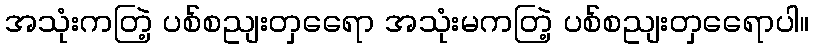
အသုံးကတြဲ့ ပစ်စညျးတှရေော အသုံးမကတြဲ့ ပစ်စညျးတှရေောပါ။